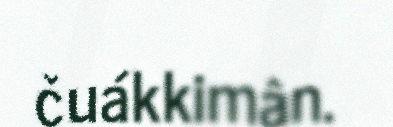
čuákkimân.